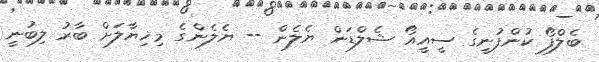
ބެލްފޯ ކުންފުނީގެ ސީއީއޯ ޝެލްޑަން ޔެލެން -- ޔެލެންގެ މިޚިޔާލަށް ބާރު ލިބުނީ